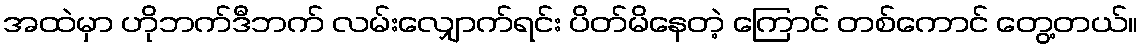
အထဲမှာ ဟိုဘက်ဒီဘက် လမ်းလျှောက်ရင်း ပိတ်မိနေတဲ့ ကြောင် တစ်ကောင် တွေ့တယ်။